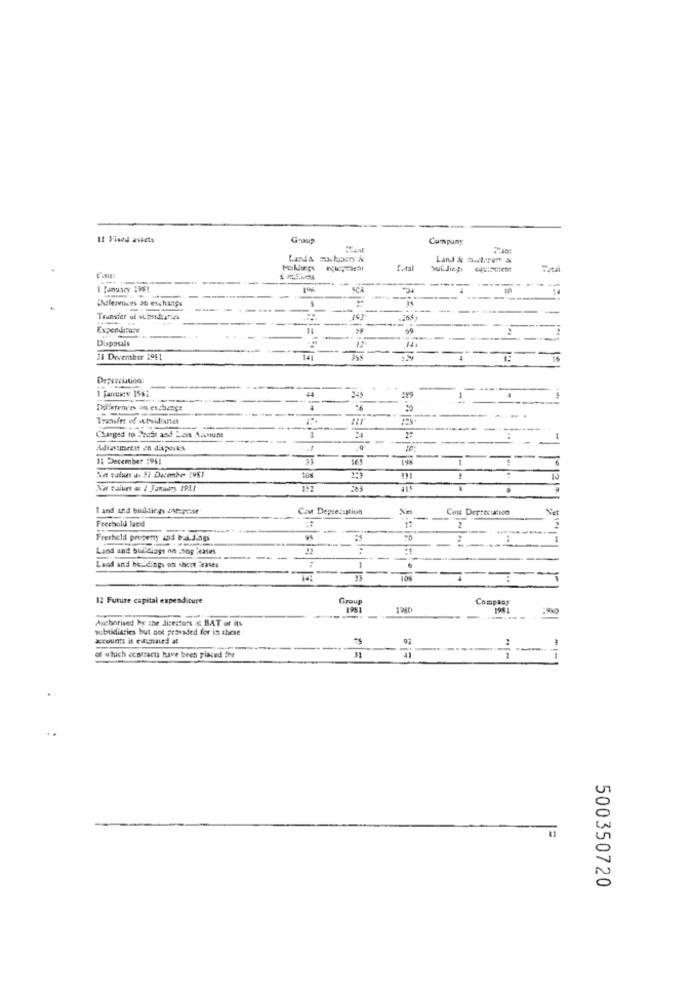
It Fixed ailets
Company
Land & outrer &
f. tal
-----
I Panusey IMF!
Duferences at exchange
-
---
-
-----
--
Transfer ul vehsideities
------
Expenditure
14
Disposals
--
--
11 December 1991
14
199
-
Differences on exchange
6
Transfer of attsidianes
123
Charged to Prest as Leis Account
27
.0
B: December 1981
33
-
16
-
-
1 and und buildings out:pese
Con Depreciation
Net
Freehold land
-
2
Frerheld propemy 10d bal.3.3gs
..-
Land and bul'Clays on .bog as
22
Land and holdings on short Ceases
1
12 Future capital expenditure
Group
Company
1951
1280
1941
Aarborised by the dicestors & BAT or its
--
subsidiaries but not provided for in these
---.
of which contracts have been placed for
31
TI
500350720